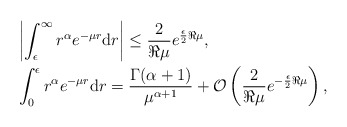
\begin{align*} & \left\vert \int_{\epsilon}^{\infty} r^{\alpha}e^{-\mu r}\mathrm dr \right\vert \leq \frac{2}{\Re\mu}e^{\frac{\epsilon}{2}\Re{\mu}} , \\& \int_{0}^{\epsilon}r^{\alpha}e^{-\mu r}\mathrm dr = \frac{\Gamma(\alpha+1)}{\mu^{\alpha+1}} +\mathcal O\left( \frac{2}{\Re{\mu}}e^{-\frac{\epsilon}{2}\Re{\mu}}\right), \end{align*}